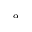
_ \alpha